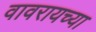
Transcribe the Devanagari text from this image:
वावरायच्या